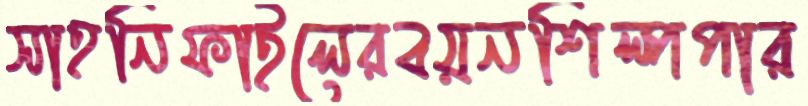
সাহনিফাইলেরবয়নশিল্পপার